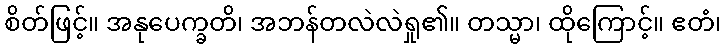
စိတ်ဖြင့်။ အနုပေက္ခတိ၊ အဘန်တလဲလဲရှု၏။ တသ္မာ၊ ထိုကြောင့်။ ဧတံ၊